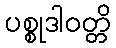
ပစ္စုဒါဝတ္တိ